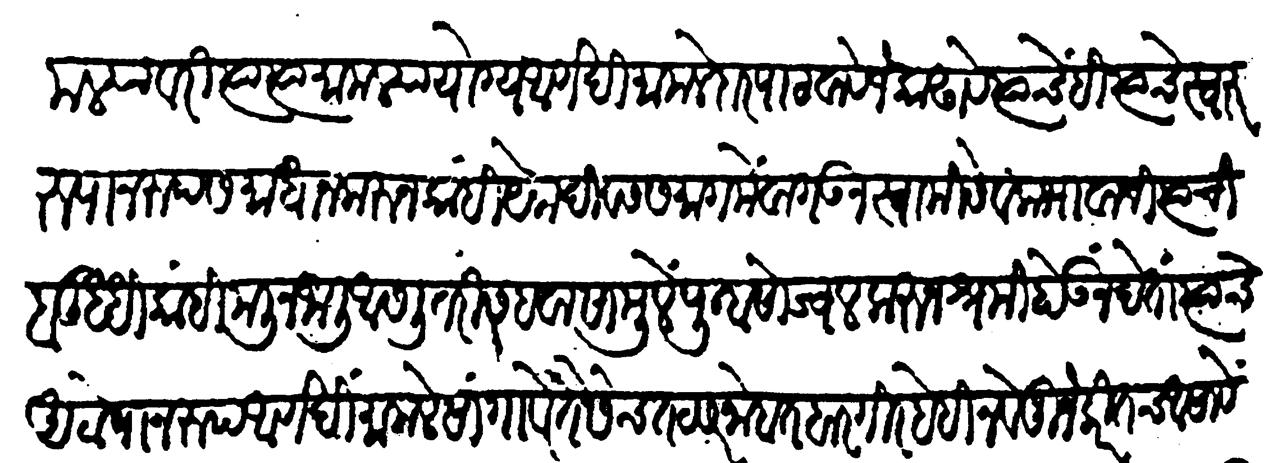
Transliteration (Devanagari): मामल्यावरी त्या त्या मामल्या योग्य आणली मामलेदार पाठवावे जे काढावे त्याचेहि त्यांचें स्वरुपानुरूप समाधान करून आणखी कांही येक दिवस समागमें वागऊन स्वामिसेवा भावाची त्यांची बुद्धि काही मलिन जाली असली तरी सहवासामुळें पुन्हा सोज्वळ करुन श्रमी होऊं न देता त्यांचे आटोपानरूप आणखी मामले सांगावे तैसेंच तट सरनोबत बारगीर हेहि नवे जुने करीतच असावे